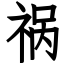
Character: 祸